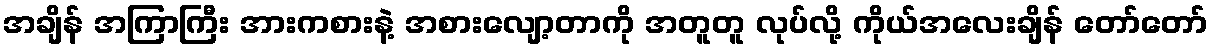
အချိန် အကြာကြီး အားကစားနဲ့ အစားလျော့တာကို အတူတူ လုပ်လို့ ကိုယ်အလေးချိန် တော်တော်